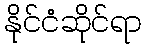
နိုင်ငံဆိုင်ရာ